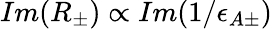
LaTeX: Im(R_{\pm})\propto Im(1/\epsilon_{A\pm})